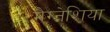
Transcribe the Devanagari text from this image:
मैग्नेशिया